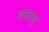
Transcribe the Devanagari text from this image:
कायजु